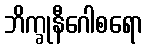
ဘိက္ခုနီဂေါစရော